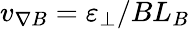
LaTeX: v_{\nabla B}=\varepsilon_{\perp}/BL_{B}